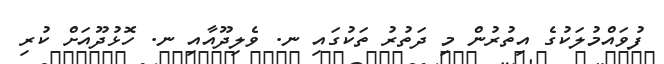
ފުވައްމުލަކުގެ އިތުރުން މި ދަތުރު ތަކުުގައި ނ. ވެލިދޫއާއި ނ. ހޮޅުދޫއަށް ކުރި